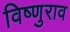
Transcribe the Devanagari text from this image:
विष्णुराव